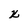
Character: X